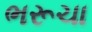
ભરૂચા